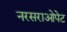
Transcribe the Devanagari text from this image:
नरसराओपेट